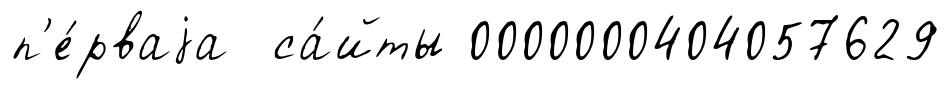
п'е́рваjа са́йты 0000000404057629